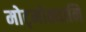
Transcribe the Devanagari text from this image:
मोट्मोठ्यानि